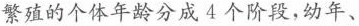
繁殖的个体年龄分成4个阶段，幼年、